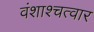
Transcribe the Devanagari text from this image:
वंशाश्चत्वार